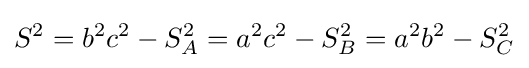
S^{2}=b^{2}c^{2}-S_{A}^{2}=a^{2}c^{2}-S_{B}^{2}=a^{2}b^{2}-S_{C}^{2}